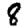
Digit: 8